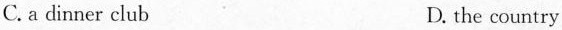
C. a dinner club D. the country